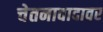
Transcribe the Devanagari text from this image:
चेतनावादावर